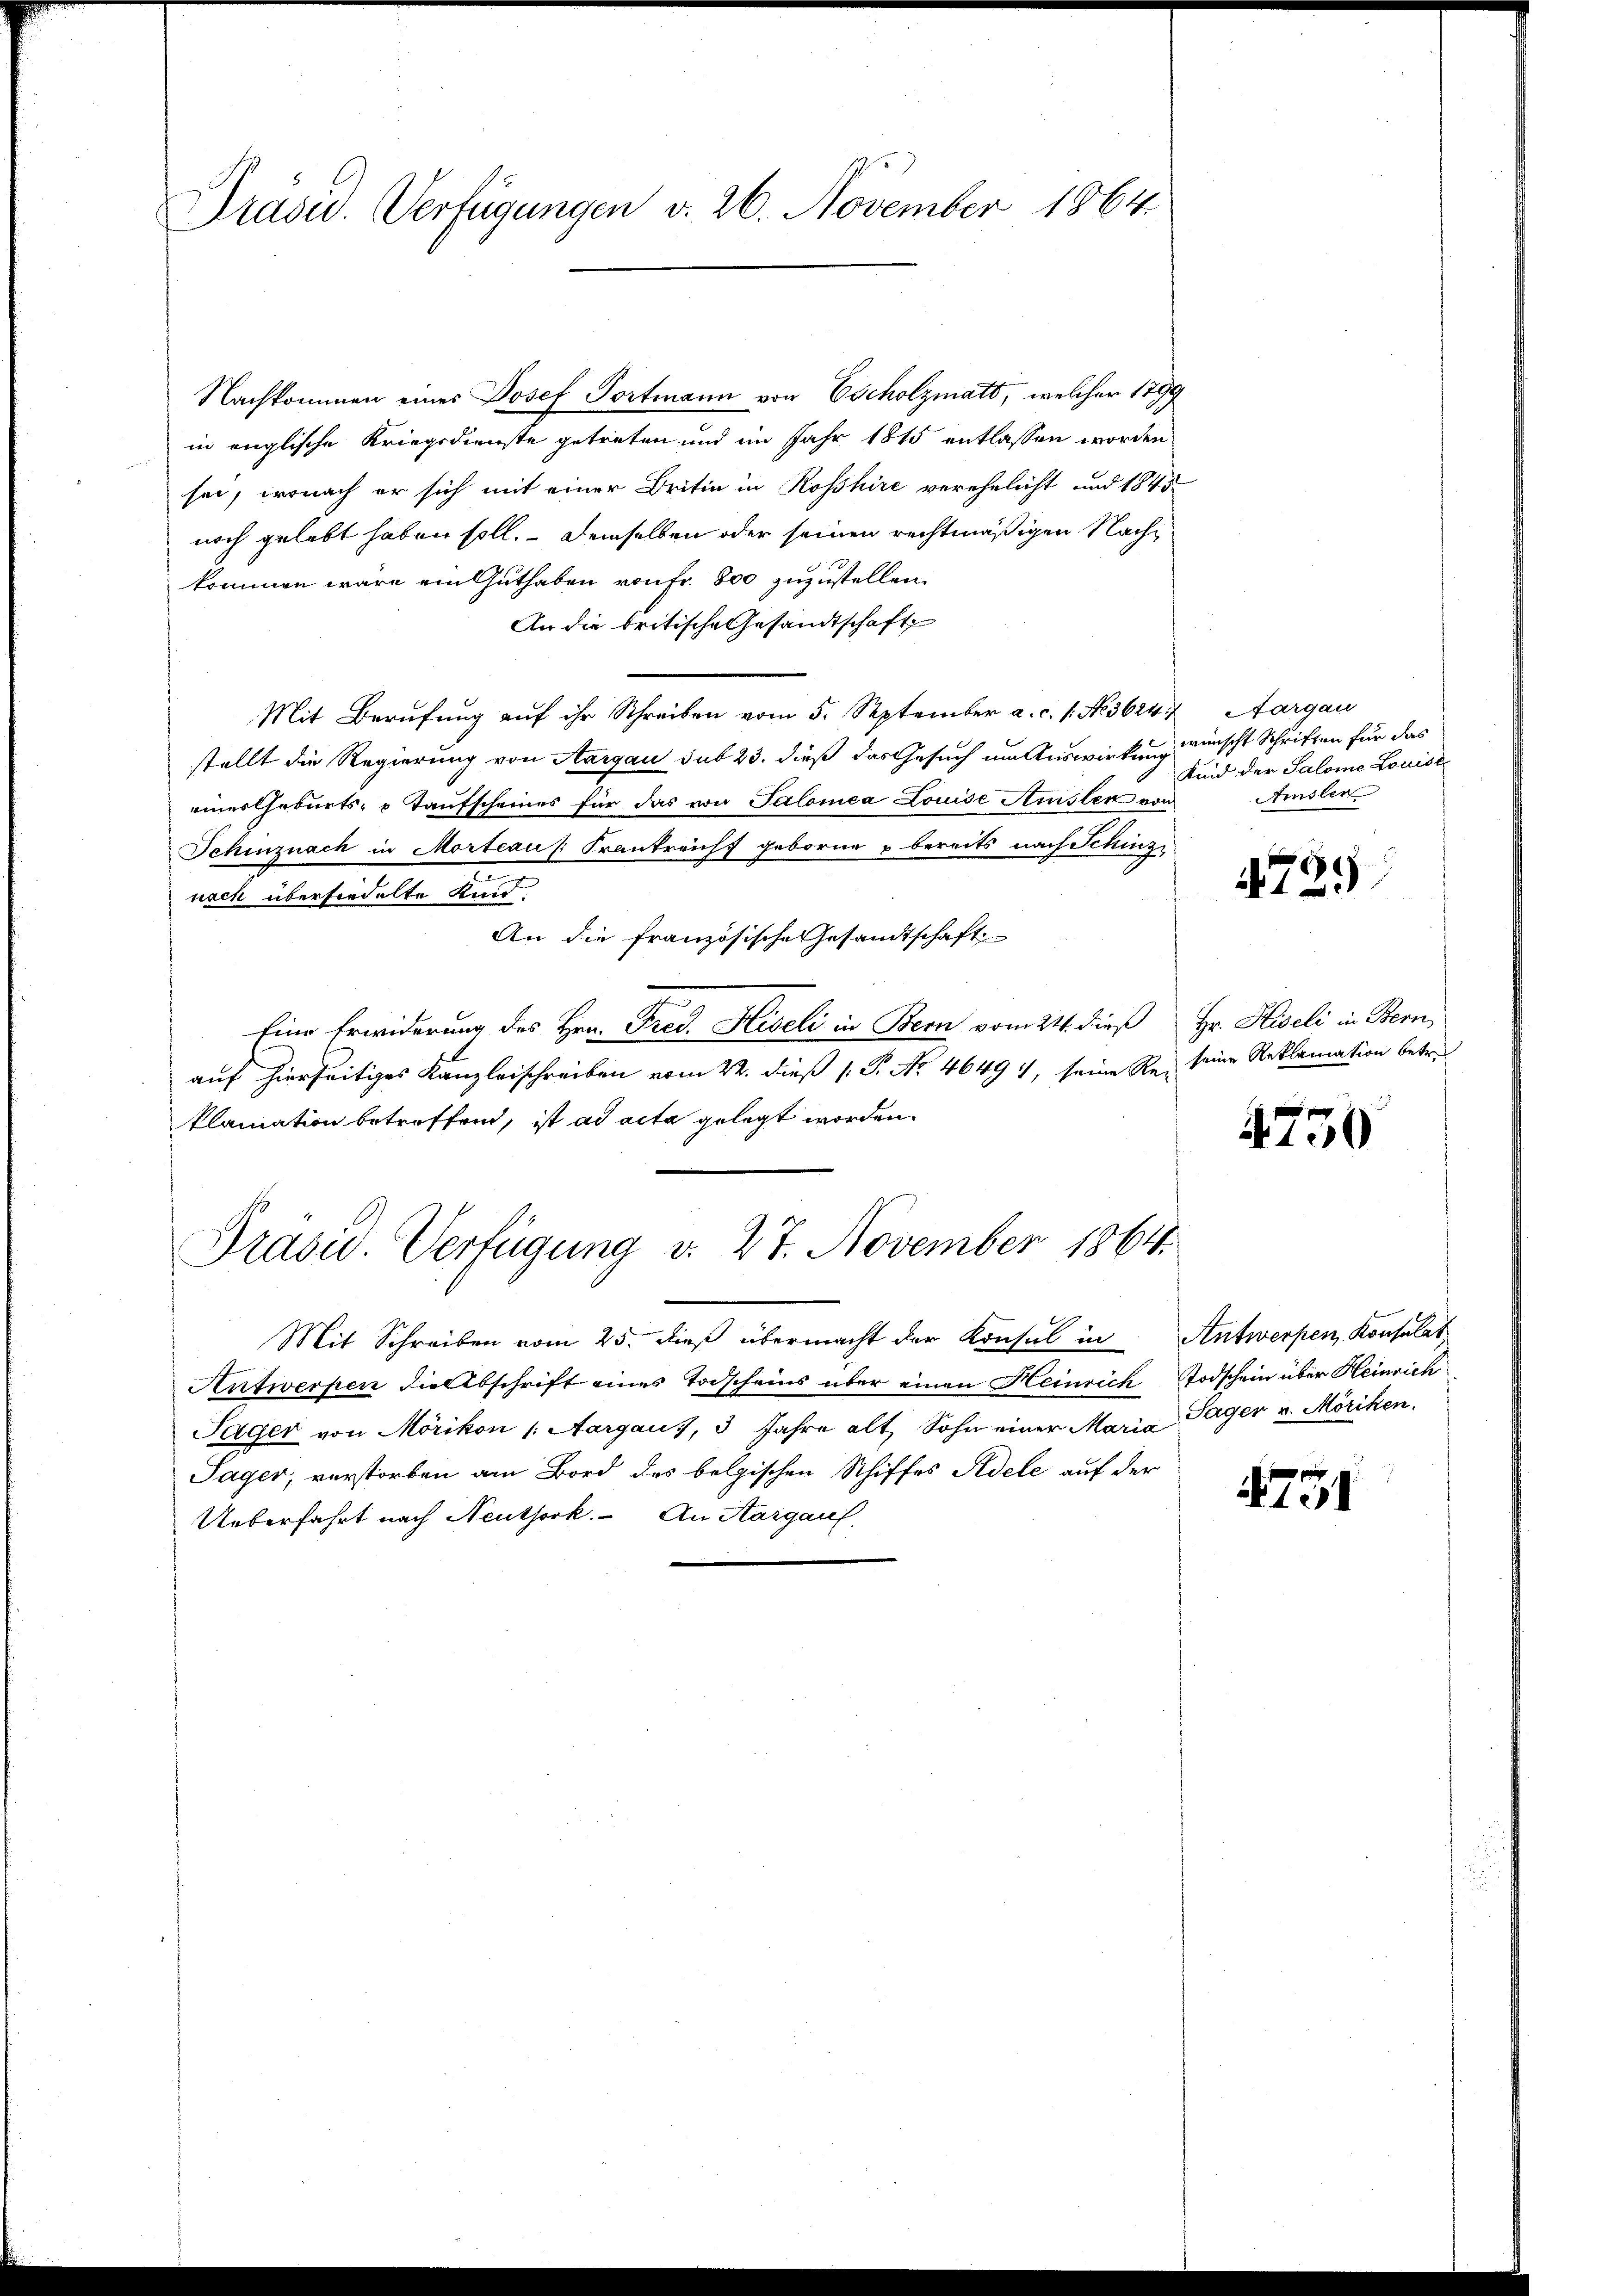
Präsid. Verfügungen v. 26. November 1864.

Nachkommen eines Josef Tortmann von Escholzmatt, welcher 1799
in englische Kriegsdienste getreten und im Jahr 1815 entlassen worden
sei, wonach er sich mit einer Britin in Rosshire verehelicht und 1845
noch gelebt haben soll. Demselben oder seinen rechtmäßigen Nachkommen wäre ein Guthaben von Fr. 800 zuzustellen.
An die britische Gesandtschaft
Mit Berufung auf ihr Schreiben vom 5. September a. c. 1. No. 3624.
stellt die Regierung von Aargau sub 23. dieß das Gesuch im Auswirkung wünscht Schriften für das
einerseburts- & Taufscheines für das von Salomea Louise Ainsler von
Schinznach in Morteau: Frankreicht geborne u bereits nach Schinzi
E
nach übersiedelte Kind.
An die französische Gesandtschaft
Eine Erwiderung des Hrn. Fred. Hiseli in Bern vom 24. dieß Hr. Hiseli in Bern,
auf hierseitiges Kanzleischreiben vom 22. dieß (. P. No 46491, seine Re-
klamation betreffend, ist ad acta gelegt worden.
Präsid. Verfügung v. 27. November 1864.
Mit Schreiben vom 25. dieß übermacht der Konsul in Antwerpen Konsulat
Antwerpen die Abschrift eines Todscheins über einen Heinrich Todschein über Heinrich
Sager von Mörikon (: Aargaus, 3 Jahre alt, Sohn einer Maria Sager u. Möriken.
Sager, verstorben am Bord des belgischen Schiffes Adele auf der
Ueberfahrt nach Neuthork. An Aargauf.

Aargau
Kind der Salome Louise
Amsler

4729

seine Reklamation betr.

4750

4751